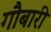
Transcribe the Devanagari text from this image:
गौबारी